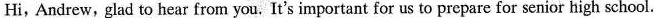
Hi, Andrew,glad to hear from you. It's important for us to prepare for senior high school.